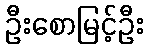
ဦးစောမြင့်ဦး